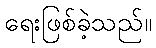
ရေးဖြစ်ခဲ့သည်။